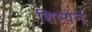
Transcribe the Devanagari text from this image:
शिष्येनं